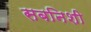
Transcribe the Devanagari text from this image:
सबनिशी